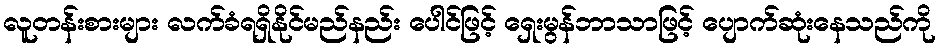
လူတန်းစားများ လက်ခံရရှိနိုင်မည်နည်း ပေါင်ဖြင့် ရှေးမွန်ဘာသာဖြင့် ပျောက်ဆုံးနေသည်ကို